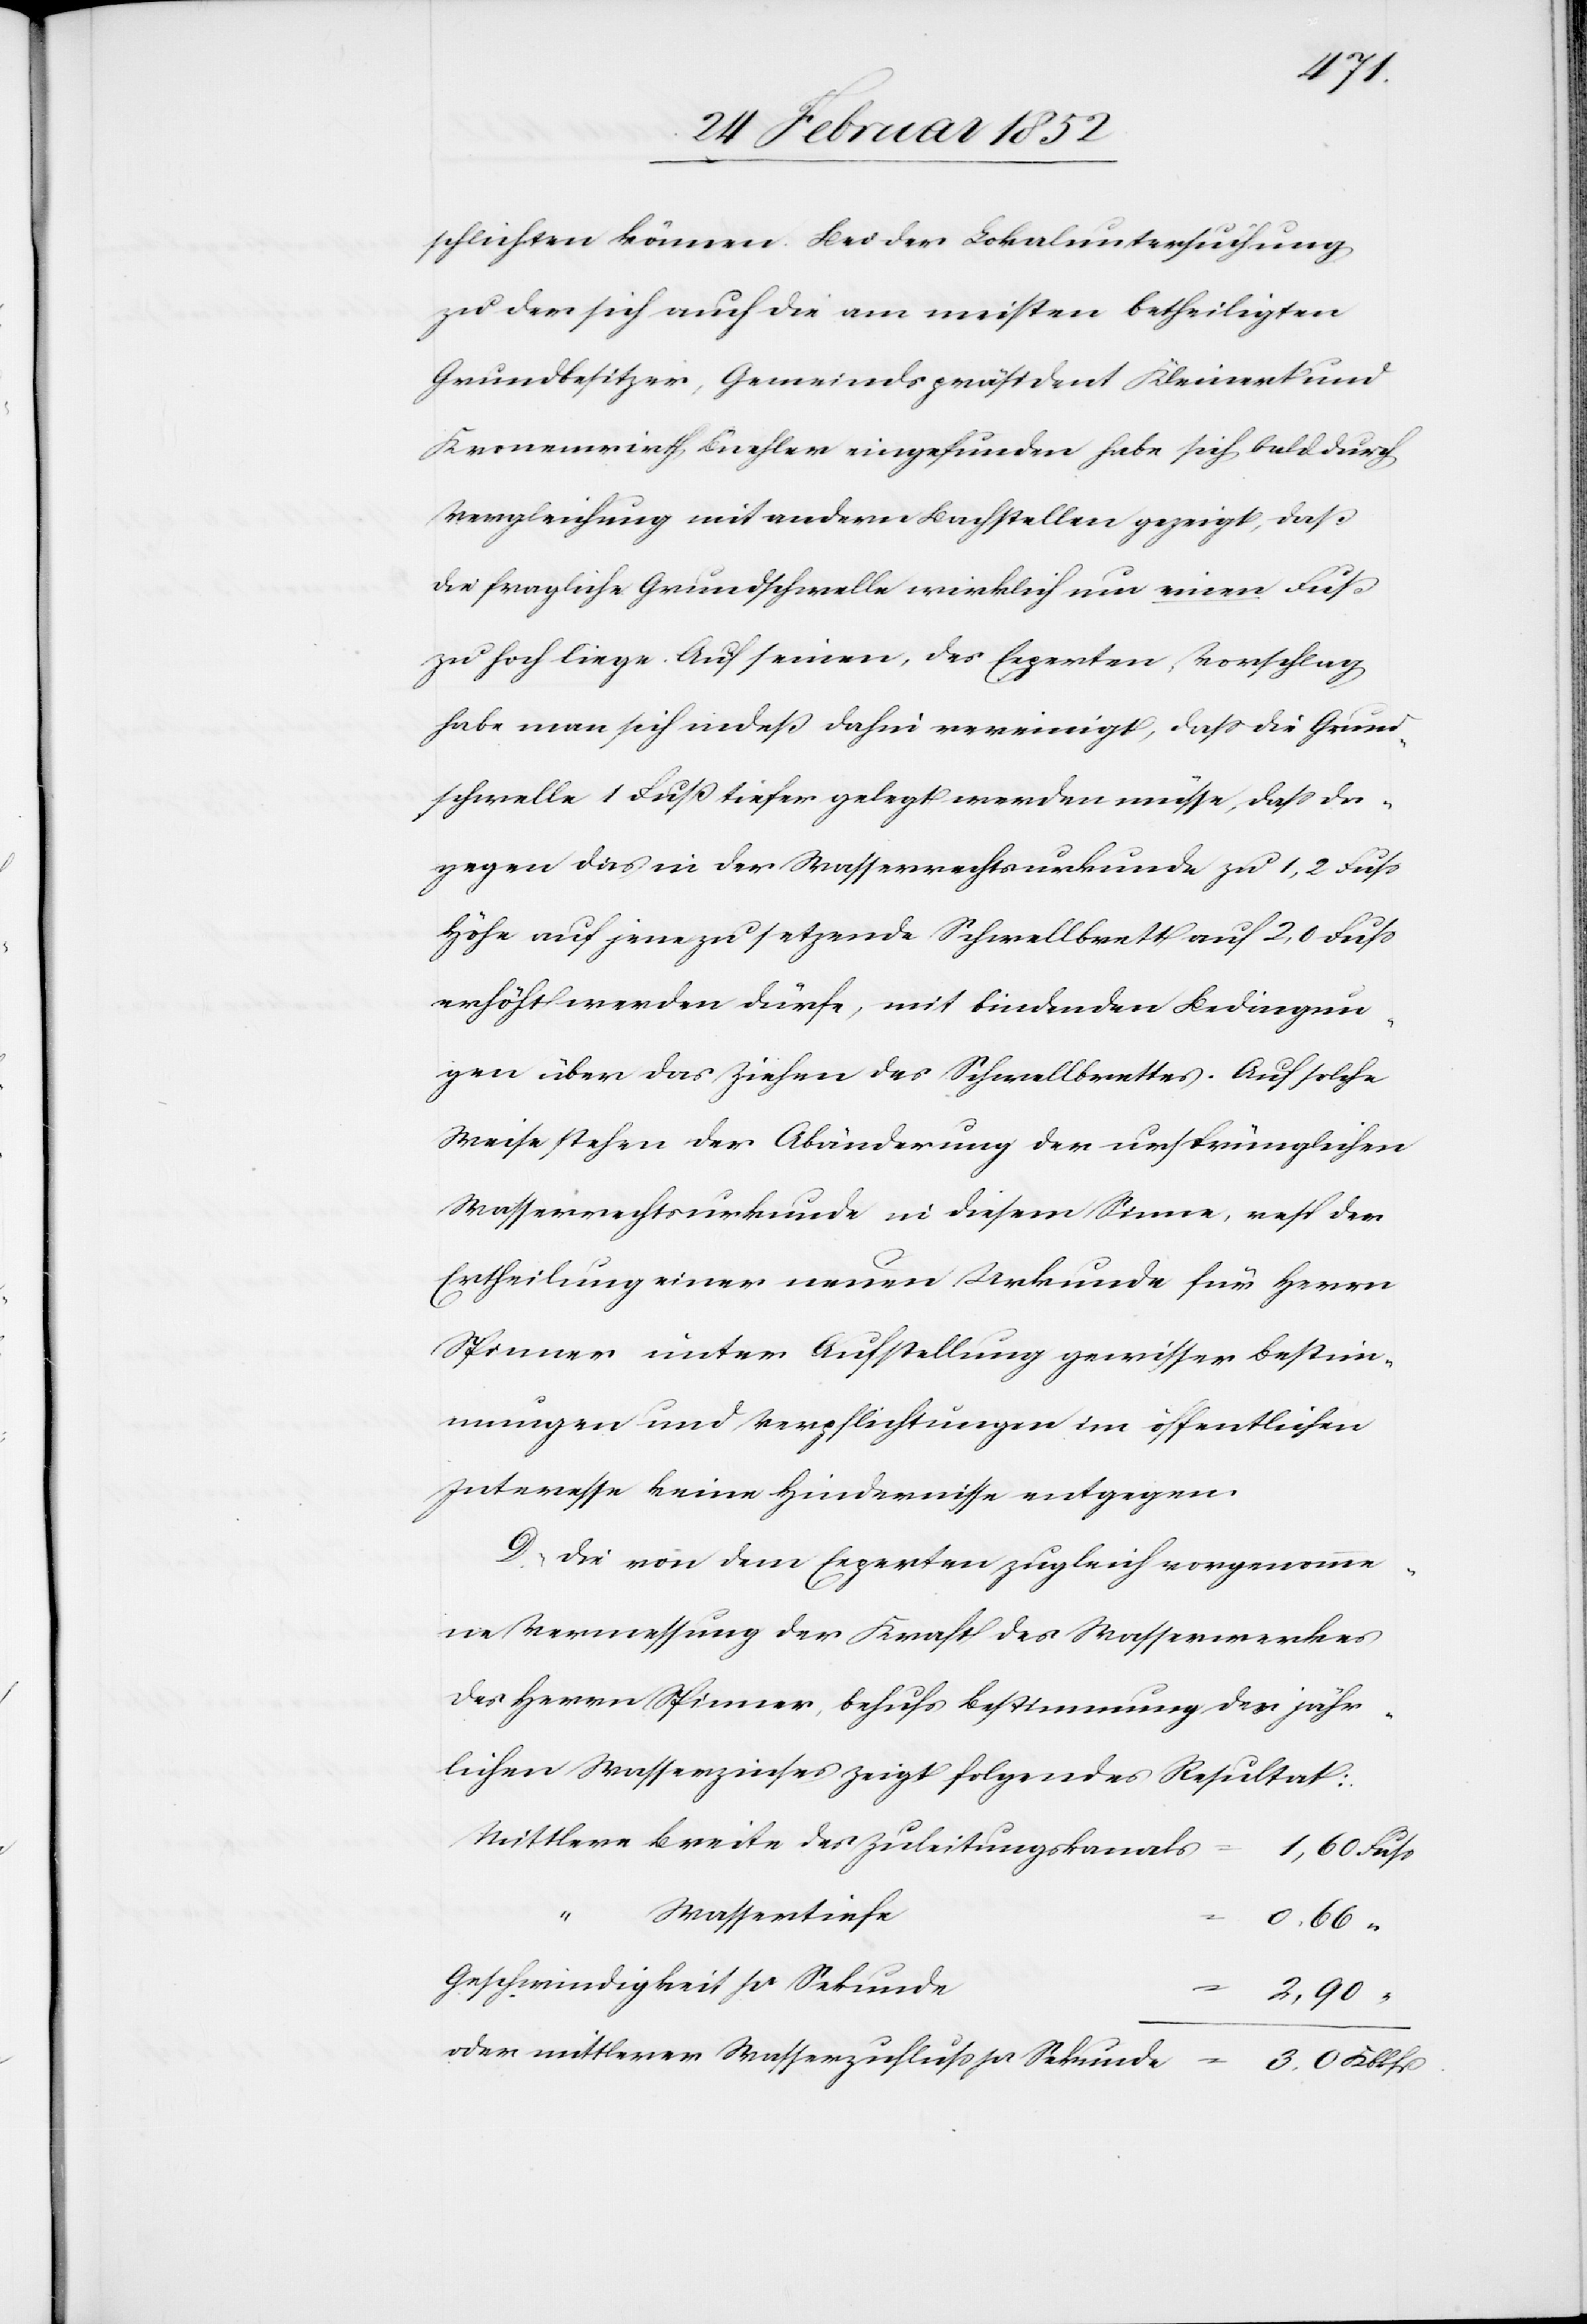
schlichten können. Bei der Lokaluntersuchung
zu der sich auch die am meisten Betheiligten
Grundbesitzer, Gemeindspräsident Kleinert und
Kronenwirth Buehler eingefunden habe sich bald durch
Vergleichung mit andern Bachstellen gezeigt, daß
die fragliche Grundschwelle wirklich nun einen Fuß
zu hoch liege. Auf seinen, des Experten Vorschlag
habe man sich indeß dabei vereinigt, daß die Grund¬
schwelle 1 Fuß tiefer gelegt werden müsse, daß da¬
gegen das in der Wasserrechtsurkunde zu 1,2 Fuß¬
höhe auf jene zu setzende Schwellbrett auf 2,0 Fuß
erhöht werden dürfe, mit bindenden Bedingun¬
gen über das Ziehen des Schwellbrettes. Auf solche
Weise stehen der Abänderung der ursprünglichen
Wasserrechtsurkunde in diesem Sinn, resp der
Ertheilung einer neuen Urkunde für Herrn
Spinner unter Aufstellung gewisser Bestim¬
mungen und Verpflichtungen im öffentlichen
Interesse keine Hindernisse entgegen.
D.) Die von dem Experten zugleich vorgenomme¬
ne Vermessung der Kraft des Wasserwerkes
des Herrn Spinner, behufs Bestimmung des jähr¬
lichen Wasserzinses zeigt folgendes Resultat:
Mittlere Breite des Zuleitungskanals
Wassertiefe
0,66
Geschwindigkeit pr Sekunde
2,90
oder mittlerer Wasserzufluß pr Sekunde